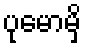
ပုမောမှိ